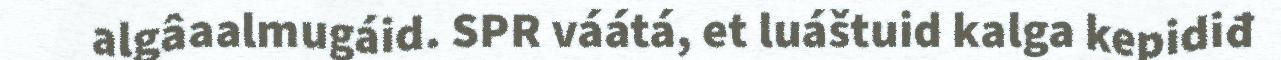
algâaalmugáid. SPR váátá, et luáštuid kalga kepidiđ